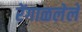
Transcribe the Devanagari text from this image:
रेंगाळलेले